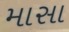
માસા